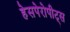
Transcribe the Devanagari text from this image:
हेसपेरोपीट्स